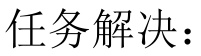
任务解决：